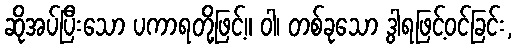
ဆိုအပ်ပြီးသော ပကာရတို့ဖြင့်။ ဝါ၊ တစ်ခုသော ဒွါရဖြင့်ဝင်ခြင်း,